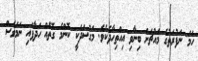
ހަމަ ނަފުރަތުގެ މައްޗަށް ބިނާވި އިއްތިހާދެކެވެ. މަގުސަދަކީ ކޮންމެ ގޮތެއް ހަދާފައި ނަމަވެސް